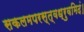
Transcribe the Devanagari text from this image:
सकलमपरस्त्वध्रुवमिदं।